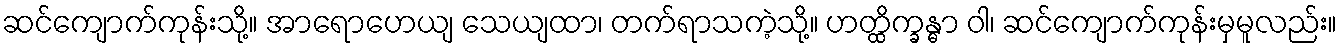
ဆင်ကျောက်ကုန်းသို့။ အာရောဟေယျ သေယျထာ၊ တက်ရာသကဲ့သို့။ ဟတ္ထိက္ခန္ဓာ ဝါ၊ ဆင်ကျောက်ကုန်းမှမူလည်း။